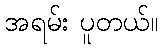
အရမ်း ပူတယ်။